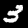
Digit: 3